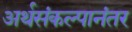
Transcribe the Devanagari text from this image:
अर्थसंकल्पानंतर